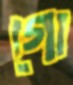
গো